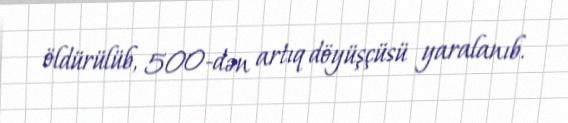
öldürülüb, 500-dən artıq döyüşçüsü yaralanıb.